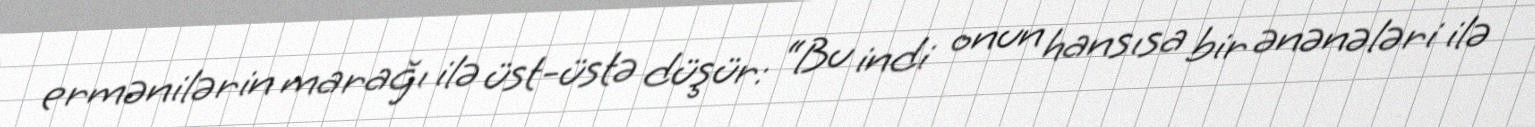
ermənilərin marağı ilə üst-üstə düşür: “Bu indi onun hansısa bir ənənələri ilə